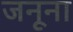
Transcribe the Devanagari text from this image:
जनूना